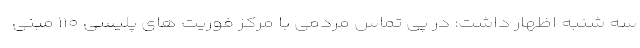
سه شنبه اظهار داشت: در پی تماس مردمی با مرکز فوریت های پلیسی ۱۱۰ مبنی